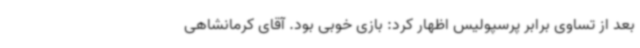
بعد از تساوی برابر پرسپولیس اظهار کرد: بازی خوبی بود. آقای کرمانشاهی